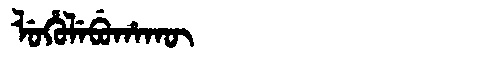
Manchu: ᠯᡠᡥᡠᠯᡝᠪᡠᡥᠠᡴᡡ
Romanization: LUHULEBUHAKŪ